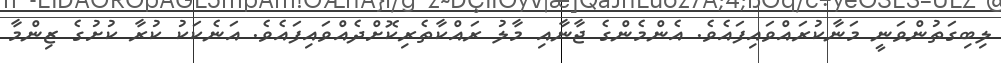
ލިބިގަތުންވަނީ މަނާކުރައްވައިފައެވެ. އެންމެންގެ ޖާނާއި މާލު ރައްކާތެރިކޮށްދެއްވައިފައެވެ. އަނެކަކު ކުރާ ކުށުގެ ޒިންމާ